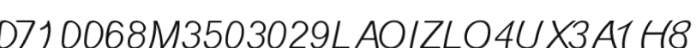
0710068M3503029LAOIZLO4UX3A1H8